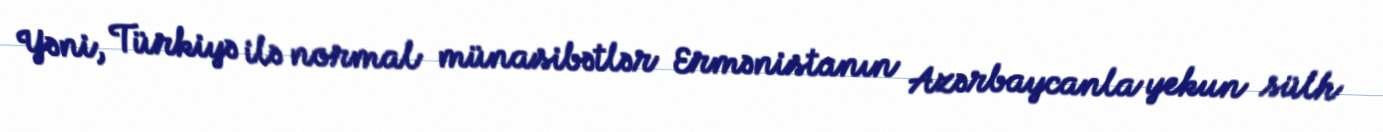
Yəni, Türkiyə ilə normal münasibətlər Ermənistanın Azərbaycanla yekun sülh